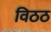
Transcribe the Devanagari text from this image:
विठठ